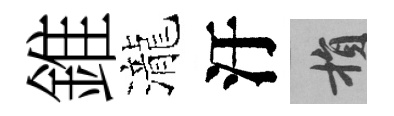
錐瀧汙損